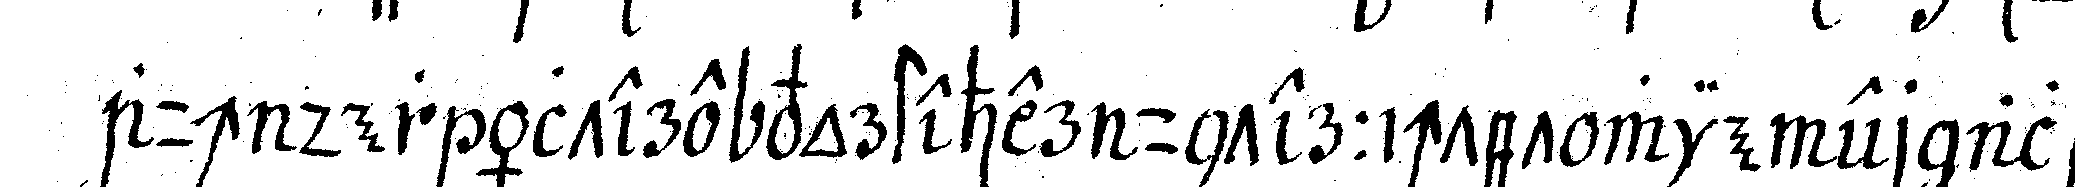
auch den ältere vorsteher unterrichtet wiener als